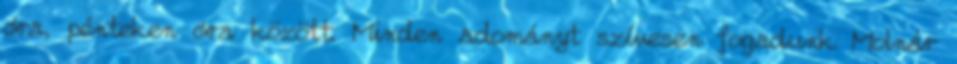
óra, pénteken óra között. Minden adományt szívesen fogadunk Molnár